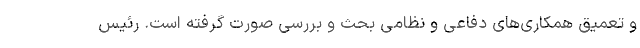
و تعمیق همکاری‌های دفاعی و نظامی بحث و بررسی صورت گرفته است. رئیس